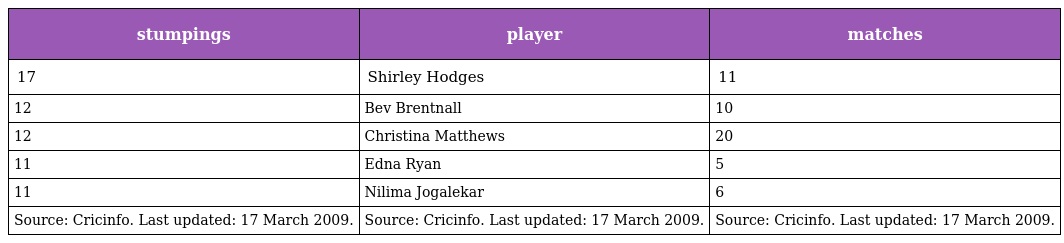
| stumpings | player | matches |
 | --- | --- | --- |
 | 17 | Shirley Hodges | 11 |
 | 12 | Bev Brentnall | 10 |
 | 12 | Christina Matthews | 20 |
 | 11 | Edna Ryan | 5 |
 | 11 | Nilima Jogalekar | 6 |
 | Source: Cricinfo. Last updated: 17 March 2009. | Source: Cricinfo. Last updated: 17 March 2009. | Source: Cricinfo. Last updated: 17 March 2009. |